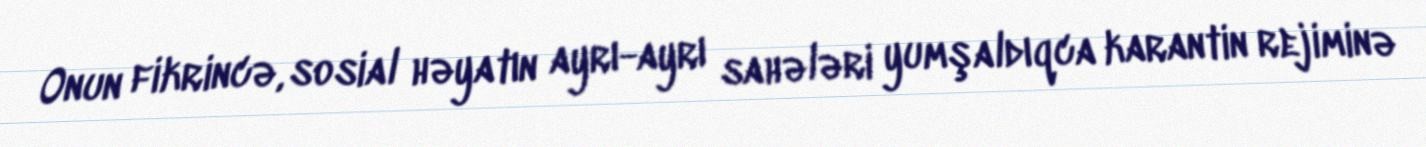
Onun fikrincə, sosial həyatın ayrı-ayrı sahələri yumşaldıqca karantin rejiminə